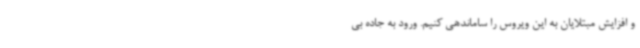
و افزایش مبتلایان به این ویروس را ساماندهی کنیم. ورود به جاده بی‌